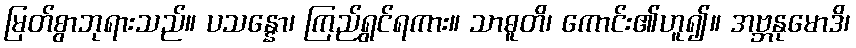
မြတ်စွာဘုရားသည်။ ပသန္နော၊ ကြည်ရွှင်ရကား။ သာဓူတိ၊ ကောင်း၏ဟူ၍။ အဗ္ဘနုမောဒိ၊